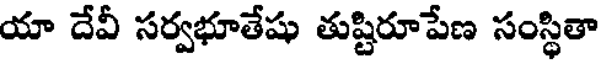
యా దేవీ సర్వభూతేషు తుష్టిరూపేణ సంస్థితా